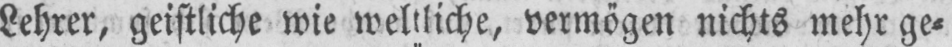
Lehrer, geistliche wie weltliche, vermögen nichts mehr ge⸗